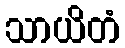
သာယိတံ